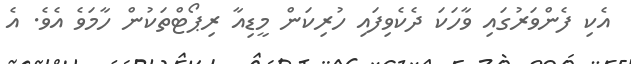
އެކި ފެންވަރުގައި ވާހަކަ ދެކެވިފައި ހުރިކަން މީޑިއާ ރިޕޯޓްތަކުން ހާމަވެ އެވެ. އެ